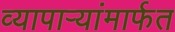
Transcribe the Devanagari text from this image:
व्यापाऱ्यांमार्फत